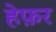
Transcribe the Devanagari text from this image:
हेफ़र